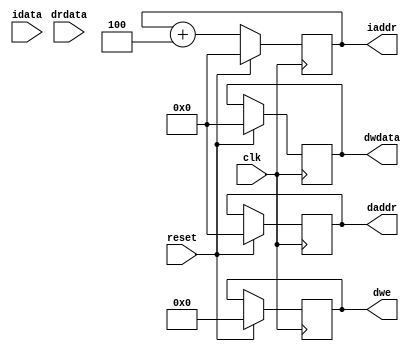
module cpu (
    input clk, 
    input reset,
    output [31:0] iaddr,
    input [31:0] idata,
    output [31:0] daddr,
    input [31:0] drdata,
    output [31:0] dwdata,
    output [3:0] dwe
);
    reg [31:0] iaddr;
    reg [31:0] daddr;
    reg [31:0] dwdata;
    reg [3:0]  dwe;

    always @(posedge clk) begin
        if (reset) begin
            iaddr <= 0;
            daddr <= 0;
            dwdata <= 0;
            dwe <= 0;
        end else begin 
            iaddr <= iaddr + 4;
        end
    end

endmodule